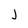
Character: J